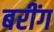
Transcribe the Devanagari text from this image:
बरींग